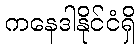
ကနေဒါနိုင်ငံရှိ